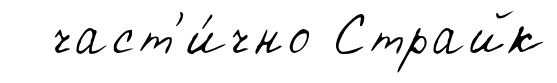
част'и́чно Страйк